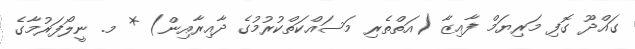
ގައްދޫ ގޮފި މަރިޔަމް ފާއިޒާ (އަތްތެރި މަސައްކަތްކުރުމުގެ ދާއިރާއިން) * މ. ނީލޯފަރުމާގެ